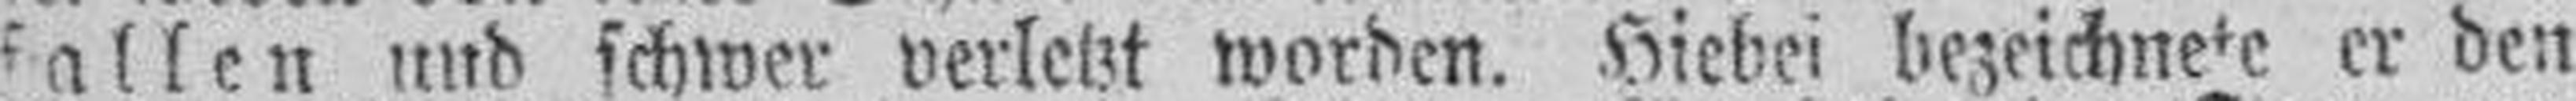
fallen und schwer verletzt worden. Hiebei bezeichnete er den